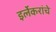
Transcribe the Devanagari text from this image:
इर्लेकरांचे